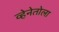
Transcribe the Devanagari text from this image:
व्हेनेतोला